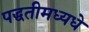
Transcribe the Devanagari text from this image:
पद्धतीमध्यधे